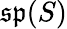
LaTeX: {\mathfrak{sp}}(S)